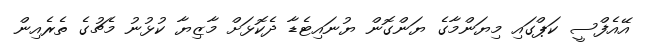
އޭއެފްސީ ކަޕްގައި މިޔަންމާގެ ޔަންގޮން ޔުނައިޓެޑާ ދެކޮޅަށް މާޒިޔާ ކުޅުނު މެޗުގެ ތެރެއިން